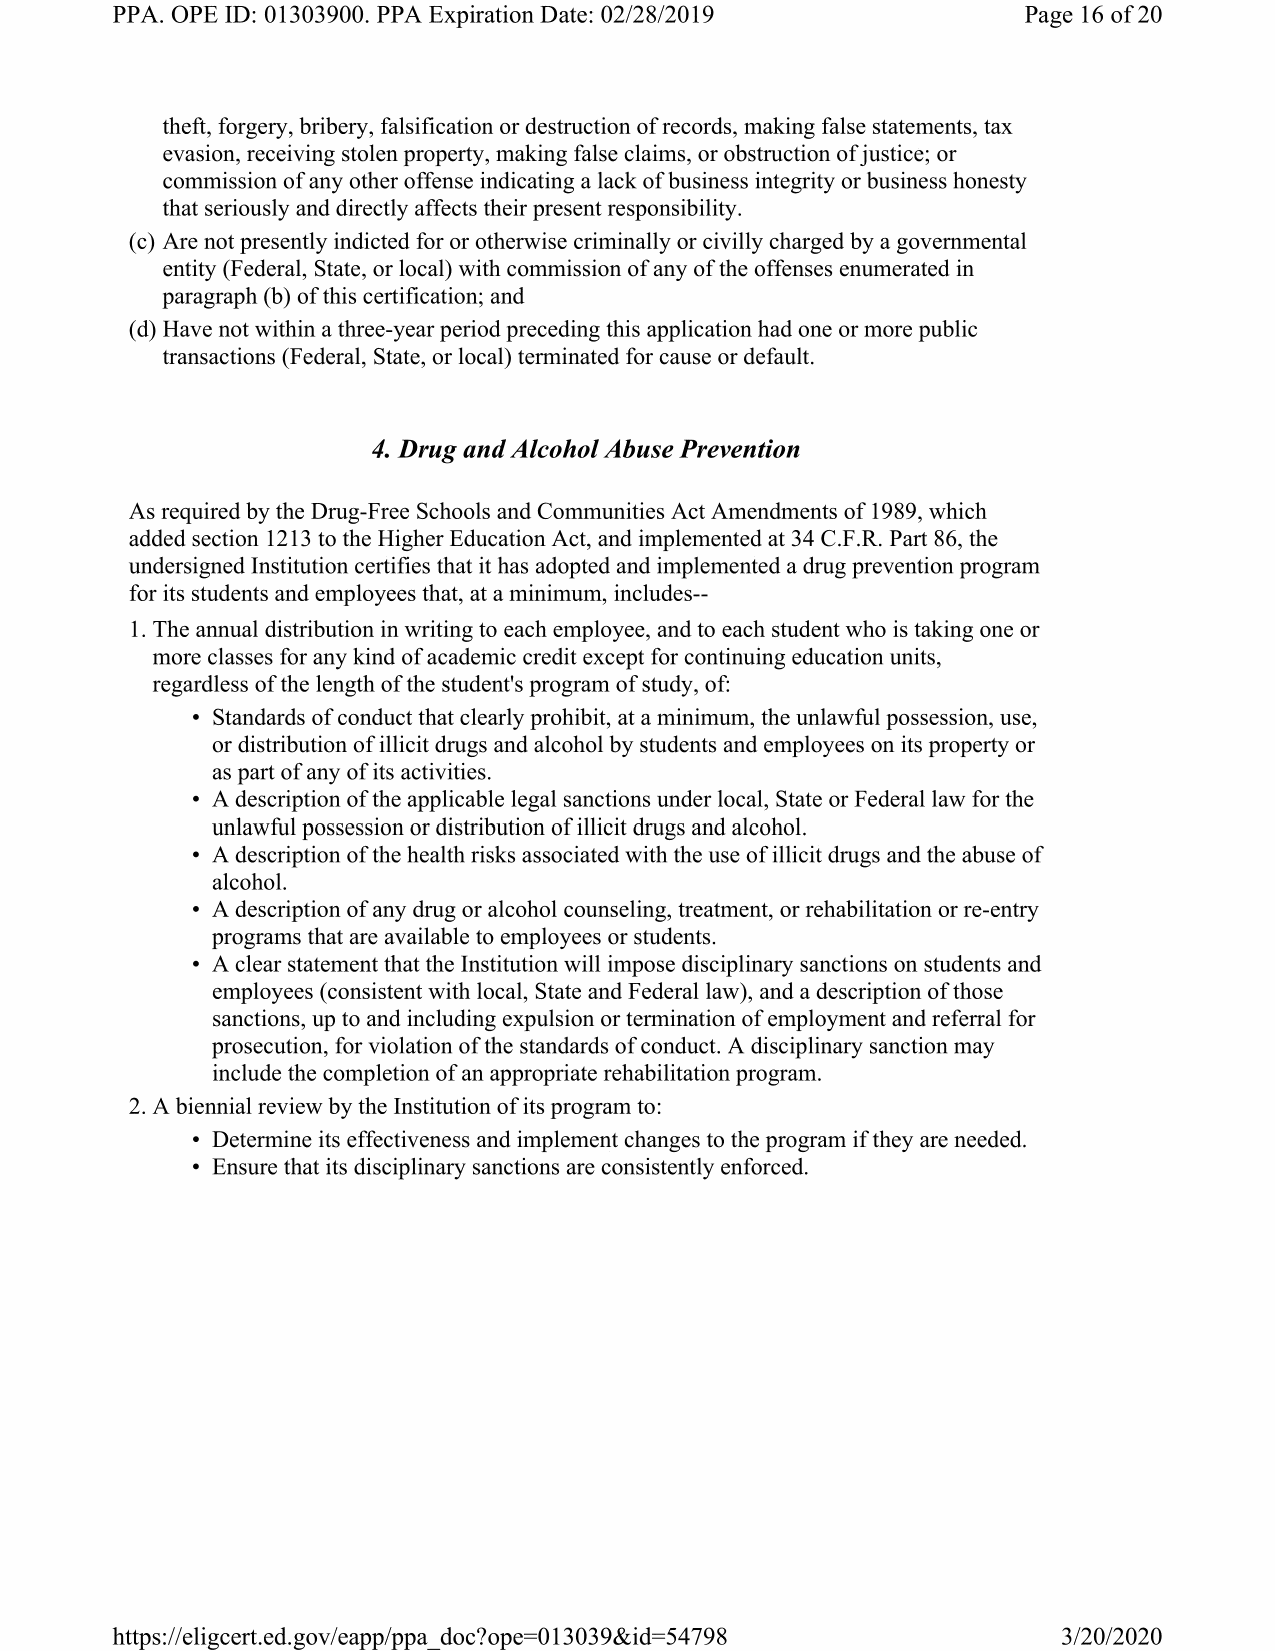
PPA. OPE ID: 01303900. PPA Expiration Date: 02/28/2019       Page 16 of 20
 theft, forgery, bribery, falsification or destruction of records, making false statements, tax
 evasion, receiving stolen property, making false claims, or obstruction of justice; or
 commission of any other offense indicating a lack of business integrity or business honesty
 that seriously and directly affects their present responsibility.
 (c) Are not presently indicted for or otherwise criminally or civilly charged by a governmental
 entity (Federal, State, or local) with commission of any of the offenses enumerated in
 paragraph (b) of this certification; and
 (d) Have not within a three-year period preceding this application had one or more public
 transactions (Federal, State, or local) terminated for cause or default.
 4. Drug and Alcohol Abuse Prevention
 As required by the Drug-Free Schools and Communities Act Amendments of 1989, which
 added section 1213 to the Higher Education Act, and implemented at 34 C.F.R. Part 86, the
 undersigned Institution certifies that it has adopted and implemented a drug prevention program
 for its students and employees that, at a minimum, includes--
 1. The annual distribution in writing to each employee, and to each student who is taking one or
 more classes for any kind of academic credit except for continuing education units,
 regardless of the length of the student's program of study, of:
 • Standards of conduct that clearly prohibit, at a minimum, the unlawful possession, use,
 or distribution of illicit drugs and alcohol by students and employees on its property or
 as part of any of its activities.
 • A description of the applicable legal sanctions under local, State or Federal law for the
 unlawful possession or distribution of illicit drugs and alcohol.
 • A description of the health risks associated with the use of illicit drugs and the abuse of
 alcohol.
 • A description of any drug or alcohol counseling, treatment, or rehabilitation or re-entry
 programs that are available to employees or students.
 • A clear statement that the Institution will impose disciplinary sanctions on students and
 employees (consistent with local, State and Federal law), and a description of those
 sanctions, up to and including expulsion or termination of employment and referral for
 prosecution, for violation of the standards of conduct. A disciplinary sanction may
 include the completion of an appropriate rehabilitation program.
 2. A biennial review by the Institution of its program to:
 • Determine its effectiveness and implement changes to the program if they are needed.
 • Ensure that its disciplinary sanctions are consistently enforced.
 https://cligcert.cd.govicapp/ppa doc?ope=013039&id=54798       3/20/2020